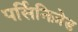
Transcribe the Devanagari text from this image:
पर्सिनिज़ेड